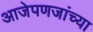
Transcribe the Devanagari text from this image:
आजेपणजांच्या